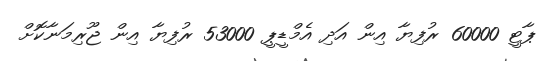
ޕާޓީ 60000 ރުފިޔާ އިން އަދި އެމްޑީޕީ 53000 ރުފިޔާ އިން ޖޫރިމަނާކޮށް